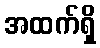
အထက်ရှိ